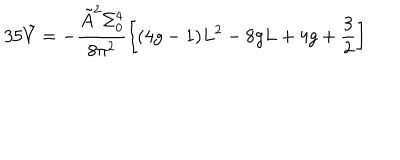
LaTeX: 3 5 \tilde { V } = - \frac { \tilde { A } ^ { 2 } \Sigma _ { 0 } ^ { 4 } } { 8 \pi ^ { 2 } } \left[ ( 4 g - 1 ) L ^ { 2 } - 8 g L + 4 g + \frac { 3 } { 2 } \right]